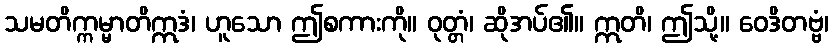
သမတိက္ကမ္မာတိဣဒံ၊ ဟူသော ဤစကားကို။ ဝုတ္တံ၊ ဆိုအပ်၏။ ဣတိ၊ ဤသို့။ ဝေဒိတဗ္ဗံ၊